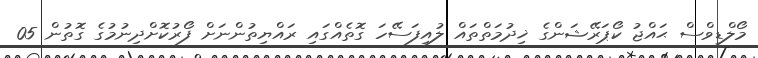
މޯލްޑިވްސް ޙައްޖު ކޯޕަރޭޝަންގެ ޚިދުމަތްތައް ލުއިފަސޭހަ ގޮތެއްގައި ރައްޔިތުންނަށް ފޯރުކޮށްދިނުމުގެ ގޮތުން 05